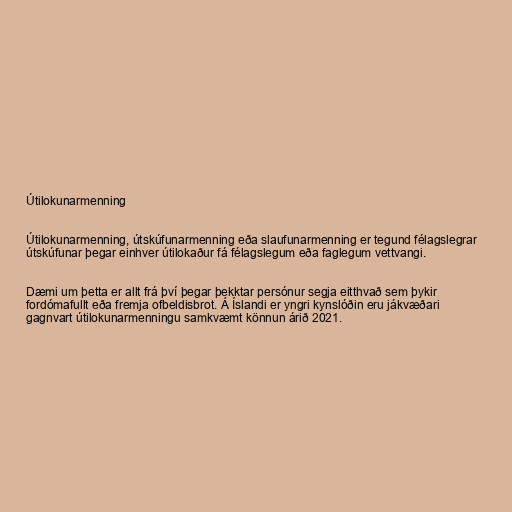
Útilokunarmenning

Útilokunarmenning, útskúfunarmenning eða slaufunarmenning er tegund félagslegrar
útskúfunar þegar einhver útilokaður fá félagslegum eða faglegum vettvangi.

Dæmi um þetta er allt frá því þegar þekktar persónur segja eitthvað sem þykir
fordómafullt eða fremja ofbeldisbrot. Á Íslandi er yngri kynslóðin eru jákvæðari
gagnvart útilokunarmenningu samkvæmt könnun árið 2021.